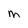
Character: M